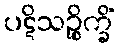
ပဋိသဉ္စိက္ခိံ